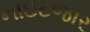
નાઇટજાર